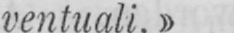
ventuali.»